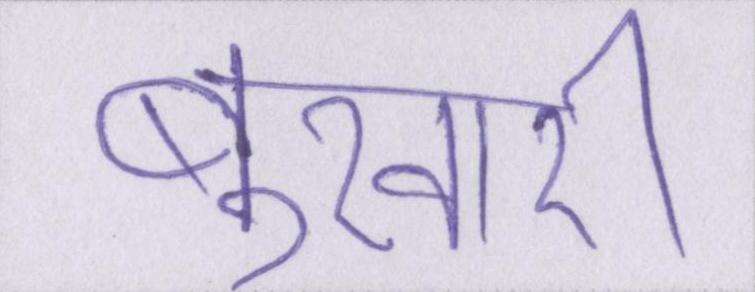
बुखारी